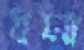
ধসা